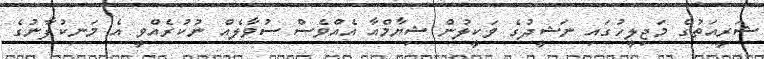
ޝަރީއަތުގެ މަޖިލީހުގައި ނަޝީދުގެ ވަކީލުން ޝިޔާމްއާ އެއްވެސް ސުވާލެއް ނުކުރެއްވީ އެ މަނިކުފާނުގެ